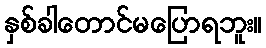
နှစ်ခါတောင်မပြောရဘူး။